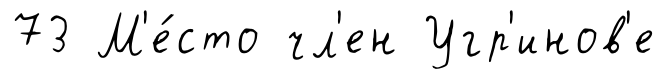
73 М'е́сто чл'ен Угр'инов'е